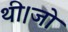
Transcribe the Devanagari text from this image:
थी।जो